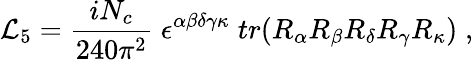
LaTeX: {\cal L}_{5}=\frac{iN_{c}}{240\pi^{2}}\; \epsilon^{\alpha\beta\delta\gamma\kappa}\; tr(R_{\alpha}R_{\beta}R_{\delta}R_{\gamma}R_{\kappa})\; ,